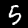
Digit: 5